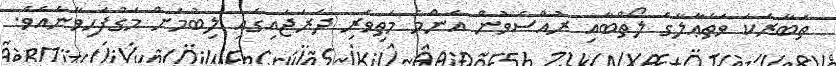
ތަބާރަކަ ވަތަޢާލާގެ ލޯތްބާއި ރުއްސެވުން އެންމެ މަތިވެރި ދަރަޖައިގައި ލިބުމަށް މަގުފަހިވާނެއެވެ.